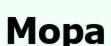
Мора